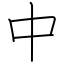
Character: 中